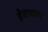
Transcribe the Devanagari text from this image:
हेराथला